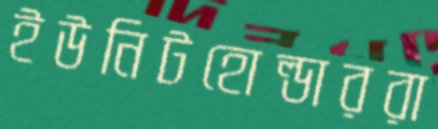
ইউনিটহোল্ডাররা